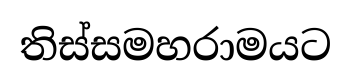
තිස්සමහරාමයට